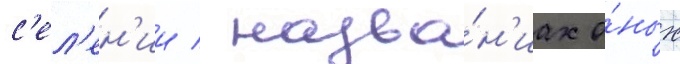
с'ел'ен'ии / назва́н'иах о́ных